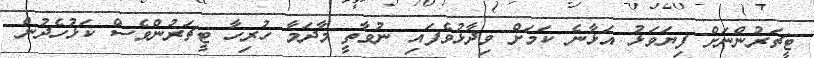
ޓީޗަރުންނަަށް ފިޔަވަޅު އަޅާނެ ކަމަށް ވިދާޅުވެފައި ނުވާތީ މާދަމާ ހުރިހާ ޓީޗަރުންވެސް ކަޅުހެދުން